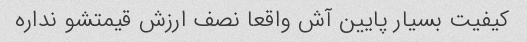
کیفیت بسیار پایین آش واقعا نصف ارزش قیمتشو نداره